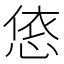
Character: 㥋